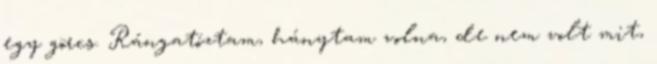
egy görcs. Rángatóztam, hánytam volna, de nem volt mit,